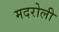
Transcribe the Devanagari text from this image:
मदरोली